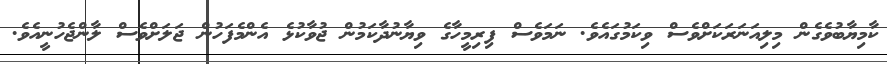
ކާމިޔާބުވެގެން މިލިއަނަރަކަށްވެސް ވިކަމުގައެވެ. ނަމަވެސް ފިރިމީހާގެ ވިޔާނުދާކަމުން ޖުވާކުޅެ އެންމެފަހުން ޖަލަށްވެސް ލާންޖެހުނީއެވެ.